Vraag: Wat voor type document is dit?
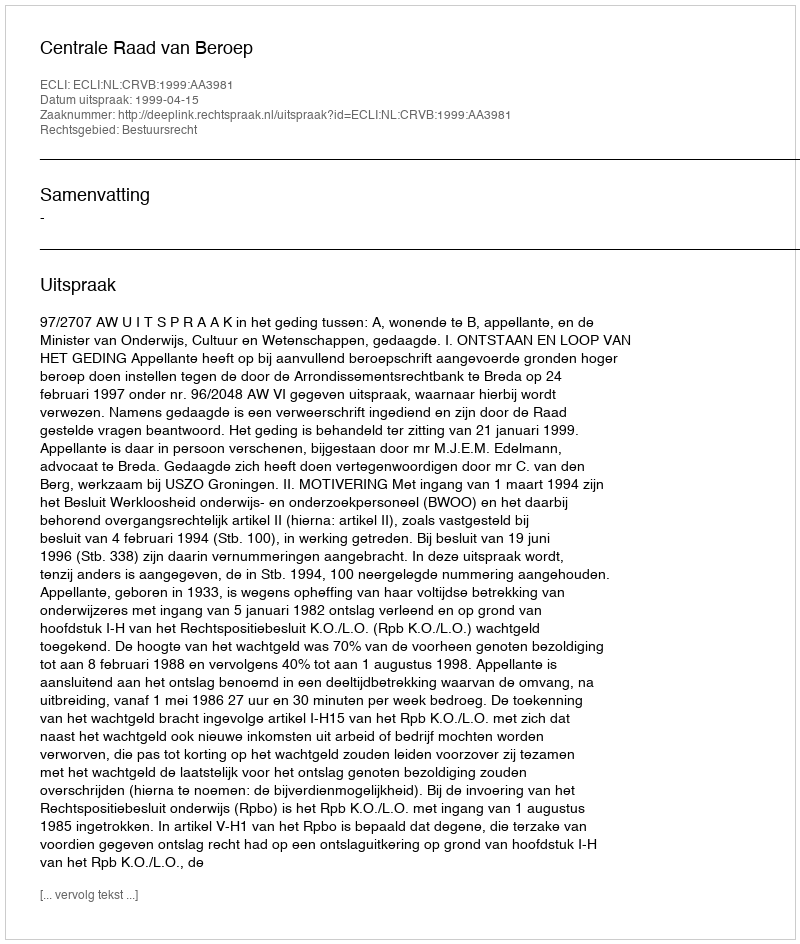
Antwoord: Uitspraak